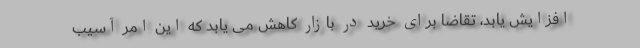
افزایش یابد، تقاضا برای خرید در بازار کاهش می یابد که این امر آسیب